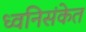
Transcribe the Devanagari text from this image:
ध्वनिसंकेत